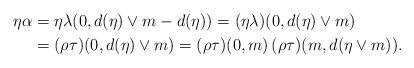
LaTeX: \begin{align*}\eta\alpha&=\eta\lambda(0,d(\eta)\vee m - d(\eta))=(\eta\lambda)(0,d(\eta)\vee m)\\&=(\rho\tau)(0,d(\eta)\vee m) =(\rho\tau)(0,m)\,(\rho\tau)(m,d(\eta\vee m)).\end{align*}